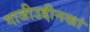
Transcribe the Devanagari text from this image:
गाजीउद्दीनखां